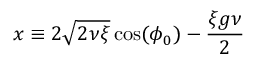
x \equiv 2 \sqrt { 2 \nu \xi } \cos ( \phi _ { 0 } ) - \frac { \xi g \nu } { 2 }